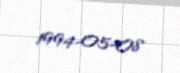
1994-05-08